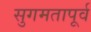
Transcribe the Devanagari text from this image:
सुगमतापूर्व